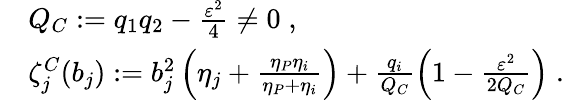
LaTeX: \begin{array}{rl}&{Q_{C}:=q_{1}q_{2}-\frac{\varepsilon^{2}}{4}\neq 0\; ,}\\ &{\zeta_{j}^{C}(b_{j}):=b_{j}^{2}\left(\eta_{j}+\frac{\eta_{P}\eta_{i}}{\eta_{P}+\eta_{i}}\right)+\frac{q_{i}}{Q_{C}}\left(1-\frac{\varepsilon^{2}}{2Q_{C}}\right)\; .}\end{array}